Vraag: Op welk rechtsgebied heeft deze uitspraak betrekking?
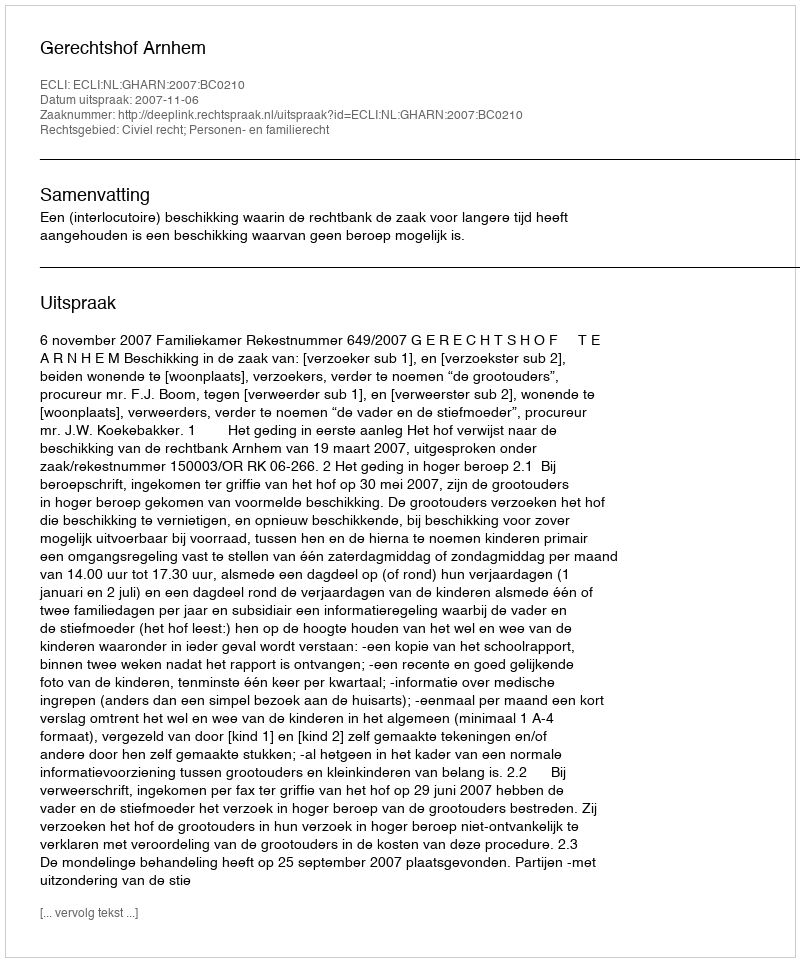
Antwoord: Civiel recht; Personen- en familierecht